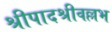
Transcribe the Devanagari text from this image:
श्रीपादश्रीवल्लभ